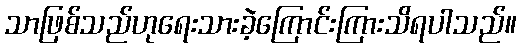
သာဖြစ်သည်ဟုရေးသားခဲ့ကြောင်းကြားသိရပါသည်။